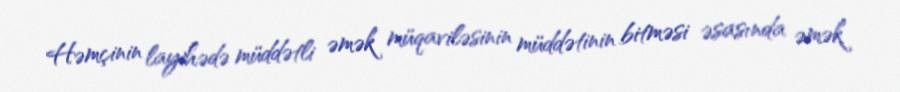
Həmçinin layihədə müddətli əmək müqaviləsinin müddətinin bitməsi əsasında əmək